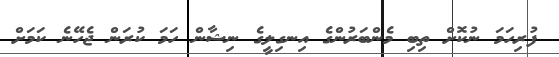
ފުރިހަމަ ނުކޮށް ތިބި މެންބަރުންގެ އިނގިލީގެ ނިޝާން ހަމަ ކުރަން ޖެހޭނެ ކަމަށް